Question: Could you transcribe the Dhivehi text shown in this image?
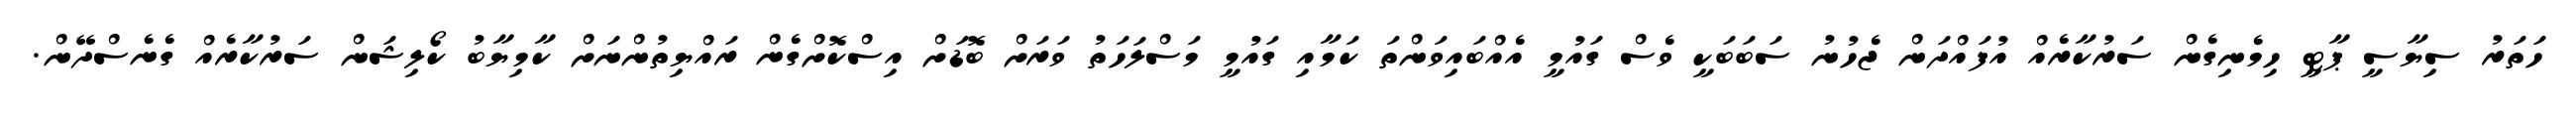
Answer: ހަތަރު ސިޔާސީ ޕާޓީ ހިމެނިގެން ސަރުކާރެއް އުފައްދަން ޖެހުނު ސަބަބަކީ ވެސް ގައުމީ އެއްބައިވަންތަ ކަމާއި ގައުމީ މަސްލަހަތު ވަރަށް ބޮޑަށް އިސްކޮށްގެން ރައްޔިތުންނަށް ކާމިޔާބު ކޯލިޝަން ސަރުކާރެއް ގެނެސްދޭން.